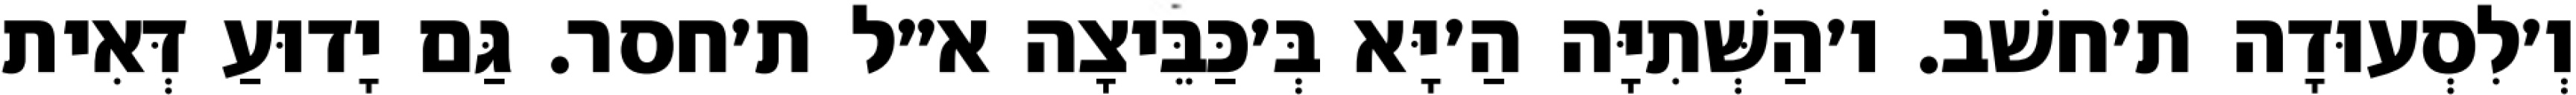
וְ׳לִסְעוּדָה ת׳חשׁב. ו׳הַשְּׁתִיָּה הַ׳יָּא בְּ׳כַּבֵּיצָה א״ל ת׳חסר. גַּם יָדוּעַ דְּאִית